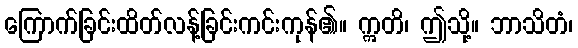
ကြောက်ခြင်းထိတ်လန့်ခြင်းကင်းကုန်၏။ ဣတိ၊ ဤသို့။ ဘာသိတံ၊